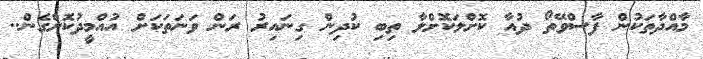
މާއްދާތަކުން ފާސްވޭތޯ ދުއާ ކޮށްލަކޮށްލާ ތިބި ކުދިން ގިނައިރު ރަން ވަނަތަކަށް އުއްމީދުކޮށްގެން..